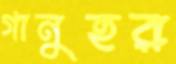
গানুহর